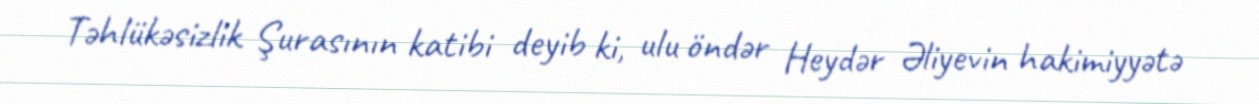
Təhlükəsizlik Şurasının katibi deyib ki, ulu öndər Heydər Əliyevin hakimiyyətə